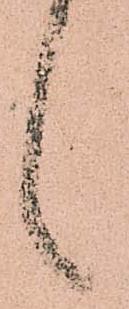
言